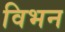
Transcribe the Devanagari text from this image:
विभन